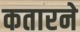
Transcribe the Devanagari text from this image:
कतारने